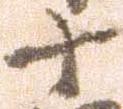
十